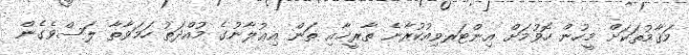
މަޤާމުތަކަށް މީހުން ހޮވުމަށް އިންޓަރވިއުކުރާނެ ތާރީޚާއި ތަން އިޢުލާނުގެ މުއްދަތު ހަމަވާތާ ލަސްވެގެން